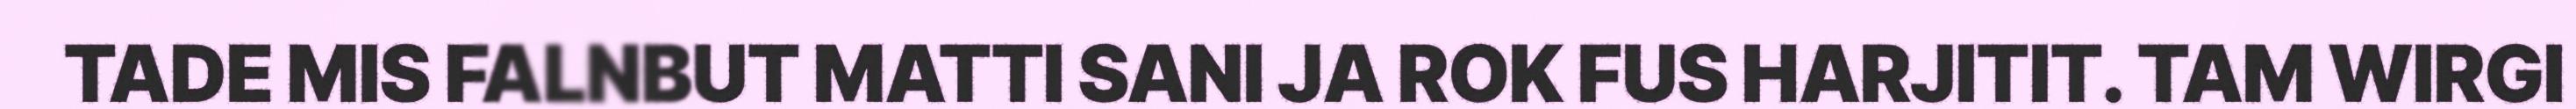
TADE MIS FALNBUT MATTI SANI JA ROK FUS HARJITIT. TAM WIRGI